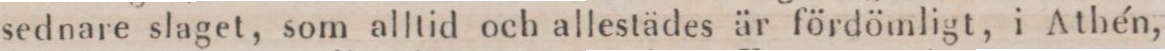
sednare slaget, som alltid och allestädes är fördömligt, i Athén,